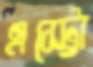
এস্ট্রো